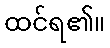
ထင်ရ၏။